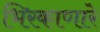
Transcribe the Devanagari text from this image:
भिरकाणारे